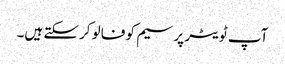
آپ ٹویٹر پر سیم کو فالو کرسکتے ہیں۔